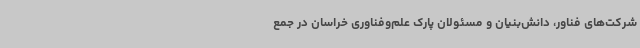
شرکت‌های فناور، دانش‌بنیان و مسئولان پارک علم‌وفناوری خراسان در جمع